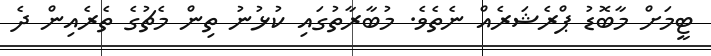
ޓީމަށް މާބޮޑު ޕްރެޝަރެއް ނެތެވެ. މުބާރާތުގައި ކުޅުނު ތިން މެޗުގެ ތެރެއިން ދެ